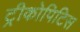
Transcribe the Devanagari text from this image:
ट्रीकोपिटिस